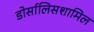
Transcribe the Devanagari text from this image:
डोर्सालिसशामिल